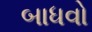
બાધવો